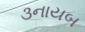
૩નાયબ